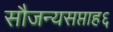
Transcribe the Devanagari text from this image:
सौजन्यसप्ताह६